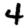
Digit: 4